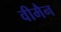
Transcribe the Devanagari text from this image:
वीमैन